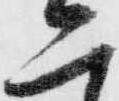
二